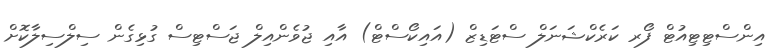
އިންސްޓިޓިއުޓް ފޯރ ކަރެކްޝަނަލް ސްޓަޑިޒް (އައިކޯސްޓް) އާއި ޖުވެންއިލް ޖަސްޓިސް ގުޅިގެން ސިލްސިލާކޮށް